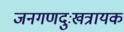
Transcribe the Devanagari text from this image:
जनगणदुःखत्रायक